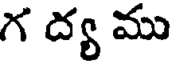
గ ద్య ము